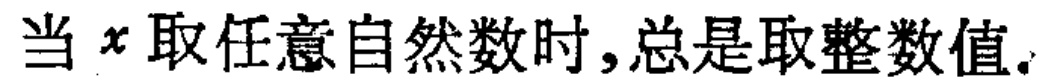
当 \(x\) 取任意自然数时,总是取整数值.